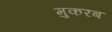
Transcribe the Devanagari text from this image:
मुकरब